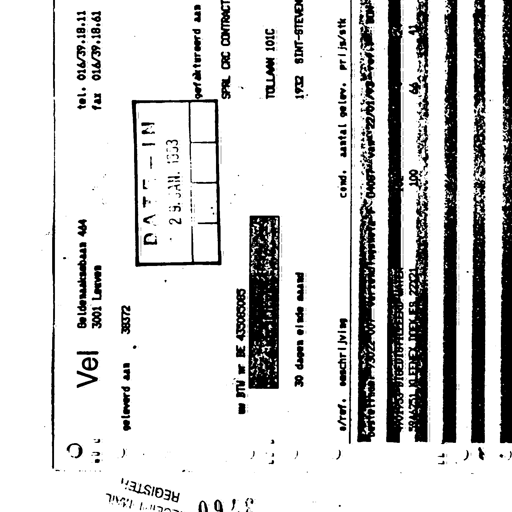
Vel
Beldenaaksabaan 464
3001 Leuven
tel. 016/39.18.11
fax 016/39.18.61
geleverd aan
38372
DATE - IN
29. JAN. 1993
gefaktureerd aan
SPRL CRC CONTRACT
TOLLAAN 101C
BTW nr BE 435085085
30 dagen einde maand
1932 SINT-STEVEN
s/ref. omschrijving
cond. aantal telev. prijs/stk
Bestelbon 73022-00- verzendingsnota 04087 van 22/01/93
401433 GEDISTILLEERD WATER
5846751 KLEENEX DOEKJES 22221
100
66
41